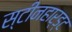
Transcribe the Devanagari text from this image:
स्टीनहार्ड्ट